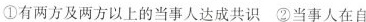
①有两方及两方以上的当事人达成共识 ②当事人在自